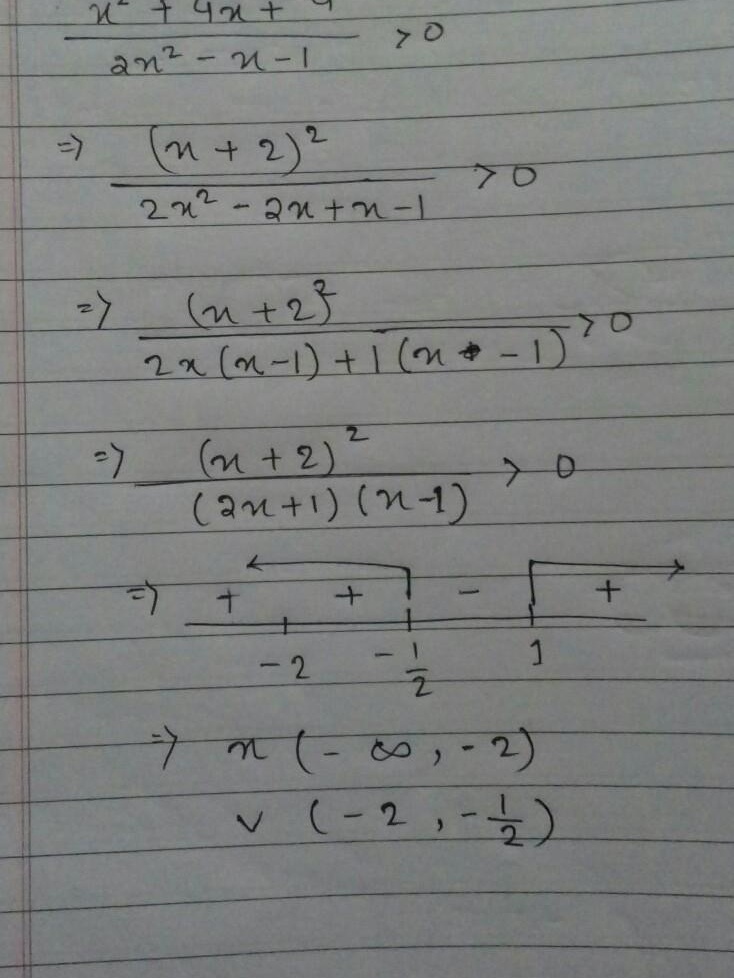
\[\begin{align*}
&\frac{x^{2}+4x + 4}{2x^{2}-x - 1}>0\\
\Rightarrow&\frac{(x + 2)^{2}}{2x^{2}-2x + x - 1}>0\\
\Rightarrow&\frac{(x + 2)^{2}}{2x(x - 1)+(x - 1)}>0\\
\Rightarrow&\frac{(x + 2)^{2}}{(2x + 1)(x - 1)}>0\\
\Rightarrow&\begin{array}{ccccccc}
& & + & & - & & +\\
& -2 & & -\frac{1}{2} & & 1 &
\end{array}\\
\Rightarrow&x\in(-\infty,-2)\cup(-2,-\frac{1}{2})\cup(1,+\infty)
\end{align*}\]